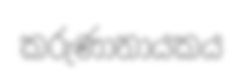
කරුණානායකය